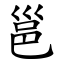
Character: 邕